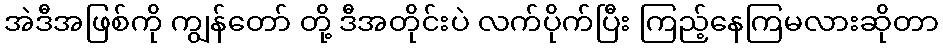
အဲဒီအဖြစ်ကို ကျွန်တော် တို့ ဒီအတိုင်းပဲ လက်ပိုက်ပြီး ကြည့်နေကြမလားဆိုတာ